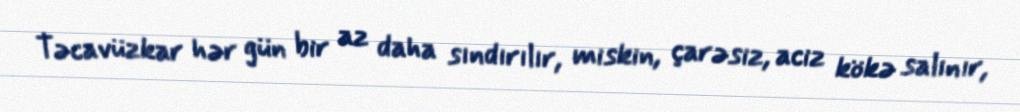
Təcavüzkar hər gün bir az daha sındırılır, miskin, çarəsiz, aciz kökə salınır,